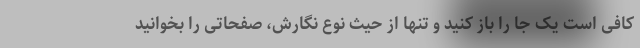
کافی است یک جا را باز کنید و تنها از حیث نوع نگارش، صفحاتی را بخوانید